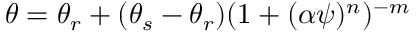
\theta = \theta _ { r } + ( \theta _ { s } - \theta _ { r } ) ( 1 + ( \alpha \psi ) ^ { n } ) ^ { - m }